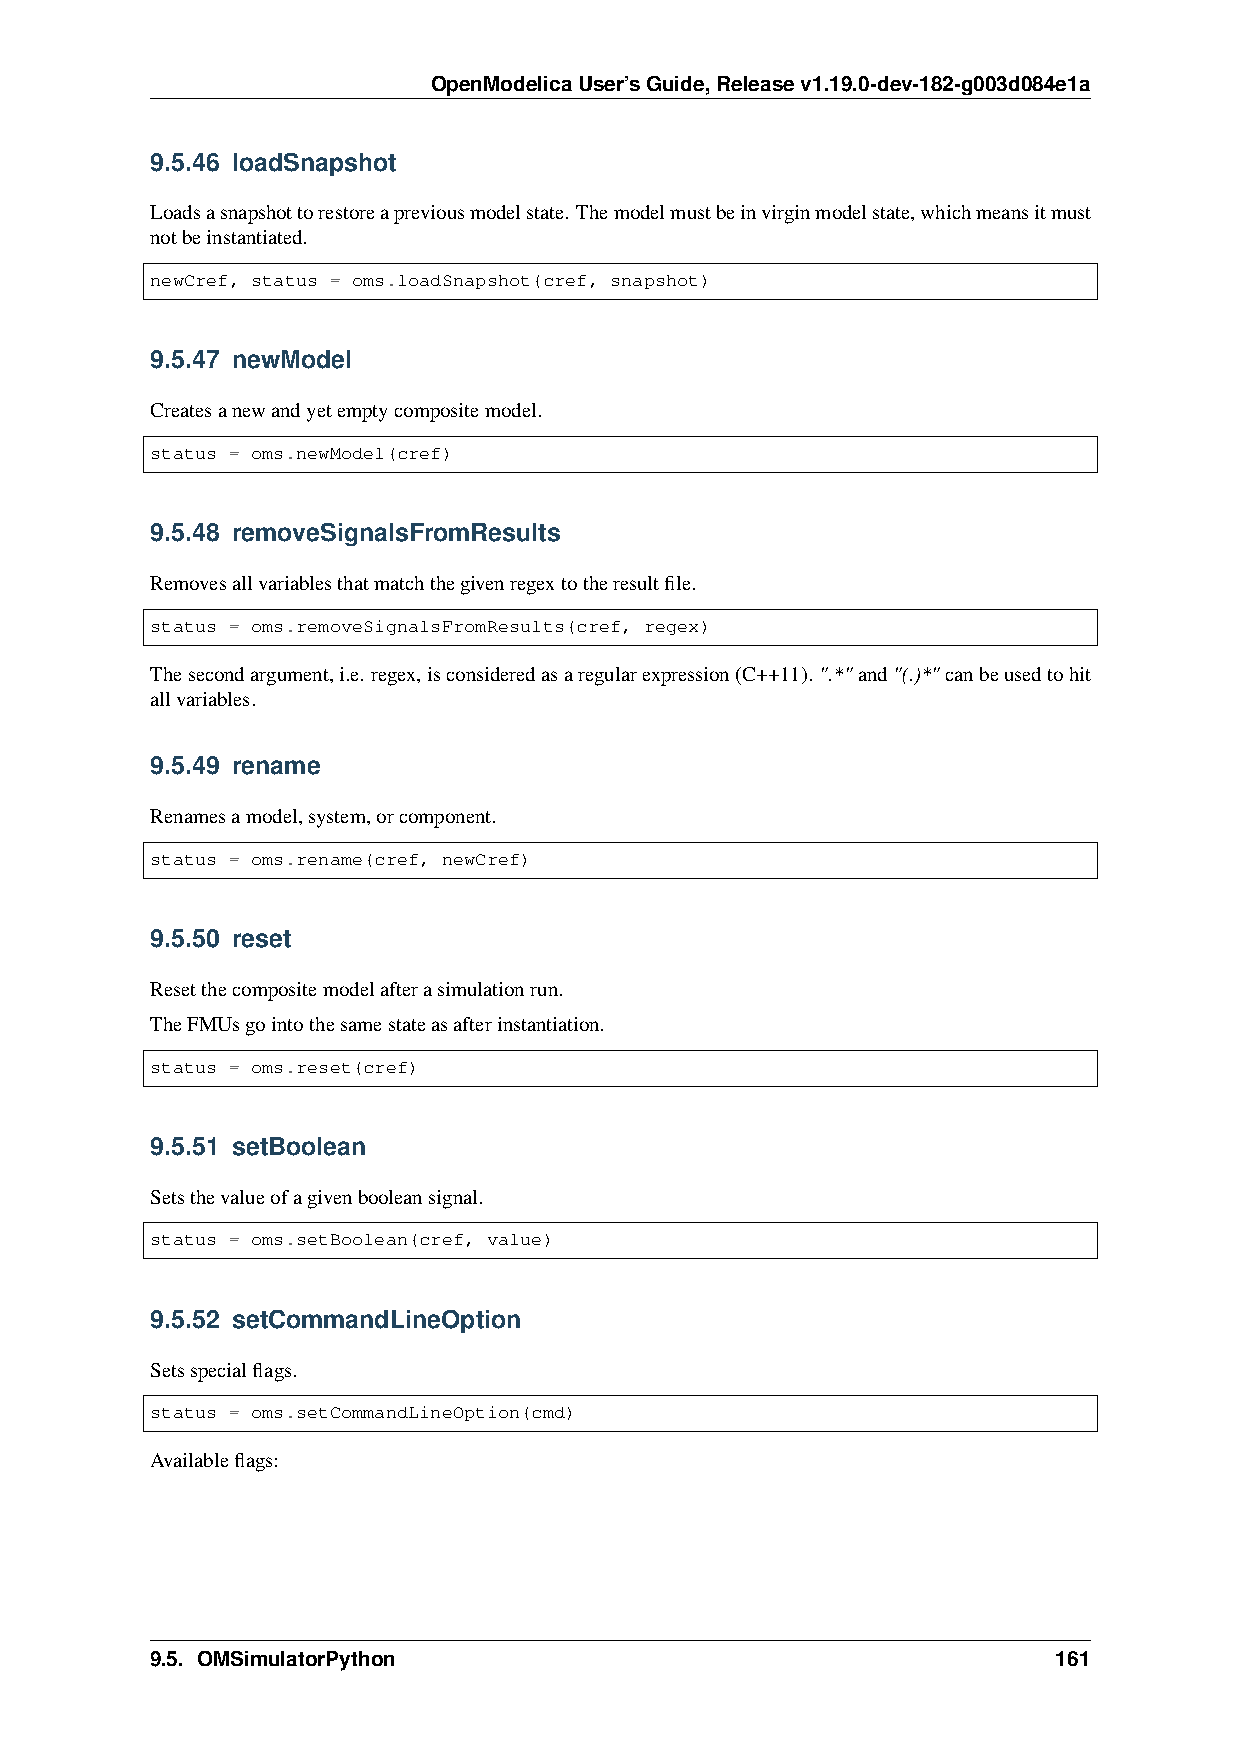
OpenModelicaUser’sGuide,Releasev1.19.0-dev-182-g003d084e1a
 9.5.46 loadSnapshot
 Loadsasnapshottorestoreapreviousmodelstate. Themodelmustbeinvirginmodelstate,whichmeansitmust
 notbeinstantiated.
 newCref, status = oms.loadSnapshot(cref, snapshot)
 9.5.47 newModel
 Createsanewandyetemptycompositemodel.
 status = oms.newModel(cref)
 9.5.48 removeSignalsFromResults
 Removesallvariablesthatmatchthegivenregextotheresultfile.
 status = oms.removeSignalsFromResults(cref, regex)
 Thesecondargument,i.e. regex,isconsideredasaregularexpression(C++11). ".*"and"(.)*"canbeusedtohit
 allvariables.
 9.5.49 rename
 Renamesamodel,system,orcomponent.
 status = oms.rename(cref, newCref)
 9.5.50 reset
 Resetthecompositemodelafterasimulationrun.
 TheFMUsgointothesamestateasafterinstantiation.
 status = oms.reset(cref)
 9.5.51 setBoolean
 Setsthevalueofagivenbooleansignal.
 status = oms.setBoolean(cref, value)
 9.5.52 setCommandLineOption
 Setsspecialflags.
 status = oms.setCommandLineOption(cmd)
 Availableflags:
 9.5. OMSimulatorPython                                      161